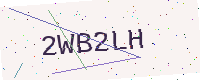
Text: 2WB2LH